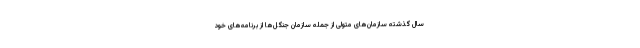
سال گذشته سازمان‌های متولی از جمله سازمان جنگل‌ها از برنامه‌های خود